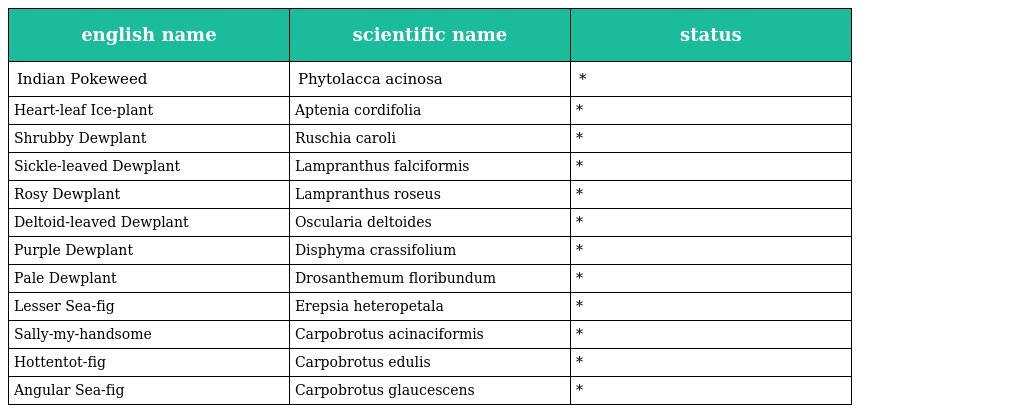
| english name | scientific name | status |
 | --- | --- | --- |
 | Indian Pokeweed | Phytolacca acinosa | * |
 | Heart-leaf Ice-plant | Aptenia cordifolia | * |
 | Shrubby Dewplant | Ruschia caroli | * |
 | Sickle-leaved Dewplant | Lampranthus falciformis | * |
 | Rosy Dewplant | Lampranthus roseus | * |
 | Deltoid-leaved Dewplant | Oscularia deltoides | * |
 | Purple Dewplant | Disphyma crassifolium | * |
 | Pale Dewplant | Drosanthemum floribundum | * |
 | Lesser Sea-fig | Erepsia heteropetala | * |
 | Sally-my-handsome | Carpobrotus acinaciformis | * |
 | Hottentot-fig | Carpobrotus edulis | * |
 | Angular Sea-fig | Carpobrotus glaucescens | * |